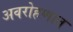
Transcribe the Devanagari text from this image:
अवरोहणात